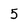
Character: 5